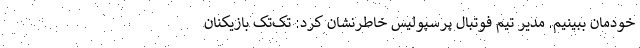
خودمان ببینیم. مدیر تیم فوتبال پرسپولیس خاطرنشان کرد: تک‌تک بازیکنان